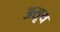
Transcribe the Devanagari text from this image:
असूय